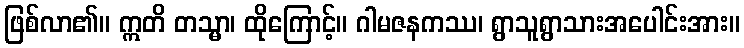
ဖြစ်လာ၏။ ဣတိ တသ္မာ၊ ထိုကြောင့်။ ဂါမဇနကဿ၊ ရွာသူရွာသားအပေါင်းအား။